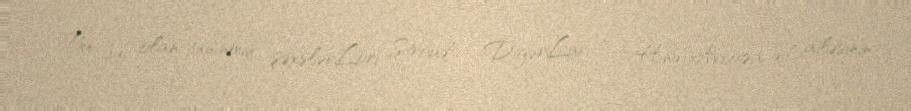
Bu adı olan tanınmış şəxslərLori Stroud —DigərLuri — Hind-Avropa dil ailəsinin